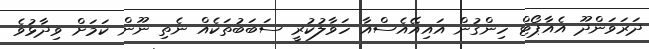
ދަރަވަންދޫ އެއާޕޯޓް ހިންގުން އައިއޭއެސްއާ ހަވާލުކުރީ ސަބަބުތަކެއް ނެތި ނޫން ކަމަށް ވިދާޅުވެ